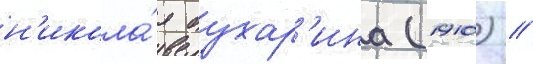
н'икола́я бухар'ина (1910) /